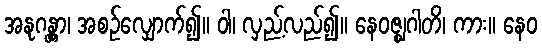
အနုဂန္တွာ၊ အစဉ်လျှောက်၍။ ဝါ၊ လှည့်လည်၍။ နေဝဇ္ဈဂါတိ၊ ကား။ နေဝ